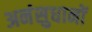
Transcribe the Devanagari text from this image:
अनंसुधानों